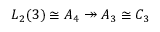
L _ { 2 } ( 3 ) \cong A _ { 4 } \twoheadrightarrow A _ { 3 } \cong C _ { 3 }